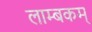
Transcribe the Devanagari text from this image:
लाम्बकम्